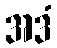
အဒံ